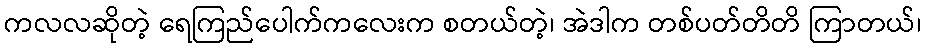
ကလလဆိုတဲ့ ရေကြည်ပေါက်ကလေးက စတယ်တဲ့၊ အဲဒါက တစ်ပတ်တိတိ ကြာတယ်၊